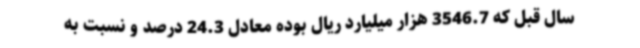
سال قبل که 3546.7 هزار میلیارد ریال بوده معادل 24.3 درصد و نسبت به